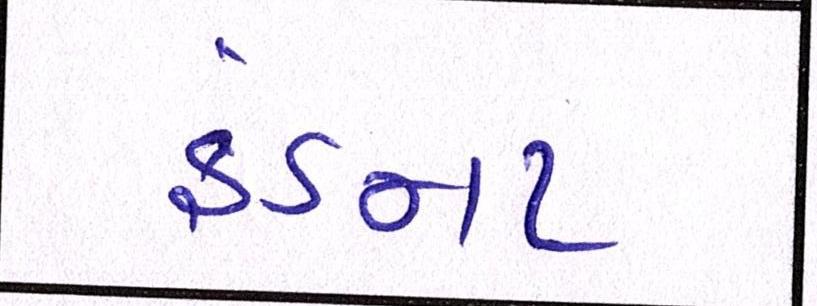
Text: ફંડના